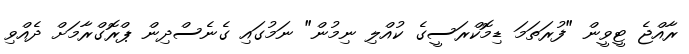
ރާއްޖެ ޓީވީން "ފުރަތަމަ ޑިމޮކްރަސީގެ ކުއްލި ނިމުން" ނަމުގައި ގެނެސްދިން ޕްރޮގްރާމަށް ދެއްވި